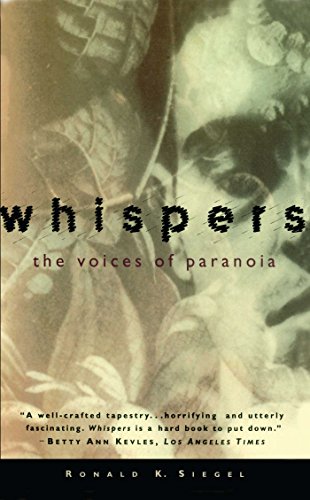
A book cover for WHISPERS: The Voices of Paranoia; Ronald K. Siegel; Health, Fitness & Dieting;